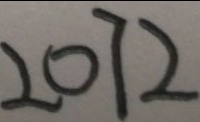
2 0 7 2